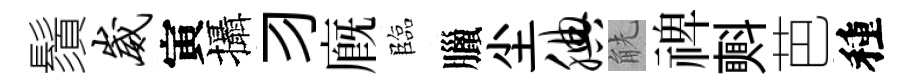
鬚崴寅攝习廐臨臘尘腆觥禆㪺芭種